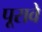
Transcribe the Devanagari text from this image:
पूरावे